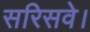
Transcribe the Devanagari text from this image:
सरिसवे।